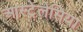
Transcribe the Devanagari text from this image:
आस्ट्रेलेसिया